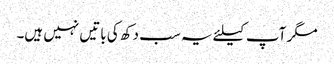
مگر آپ کیلئے یہ سب دکھ کی باتیں نہیں ہیں۔